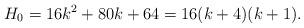
LaTeX: \begin{align*}H_0 = 16 k^2 +80 k +64 = 16(k+4)(k+1).\end{align*}